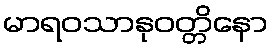
မာရဝသာနုဝတ္တိနော